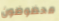
محظوظون